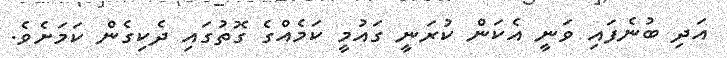
އަދި ބުނެފައި ވަނީ އެކަން ކުރަނީ ގައުމީ ކަމެއްގެ ގޮތުގައި ދެކިގެން ކަމަށެވެ.